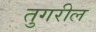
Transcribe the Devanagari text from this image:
तुगरील